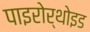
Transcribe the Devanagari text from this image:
पाइरोर्थोइड